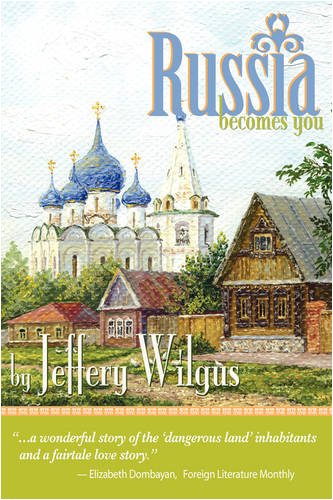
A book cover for Russia Becomes You; Jeffrey Wilgus; Travel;